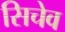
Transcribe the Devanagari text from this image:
सिचेव